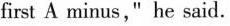
first A minus," he said.